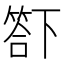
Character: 𥰊